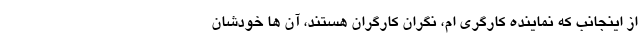
از اینجانب که نماینده کارگری ام، نگران کارگران هستند، آن ها خودشان